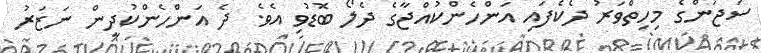
ސަޖަންގެ މިހިތްވަރު ދެކެފައި އަންހެންކުއްޖާގެ ދެލޯ ބޮޑުވި އެވެ. ދެ އަންހެންކުދީން ނަޒަރު